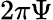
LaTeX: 2\pi\Psi